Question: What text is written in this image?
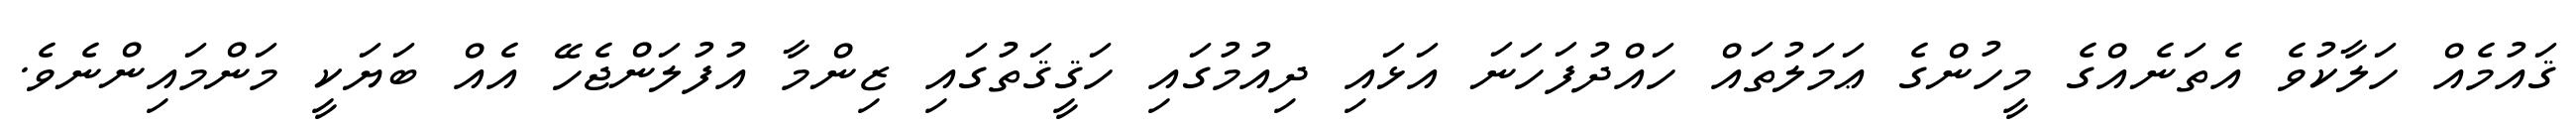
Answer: ޤައުމެއް ހަލާކުވެ އެތަނެއްގެ މީހުންގެ ޢަމަލުތައް ހައްދުފަހަނަ އަޅައި ދިއުމުގައި ހަޤީޤަތުގައި ޒިންމާ އުފުލަންޖެހޭ އެއް ބަޔަކީ މަންމައިންނެވެ.